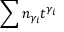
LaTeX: \sum n _ { \gamma _ { i } } t ^ { \gamma _ { i } }